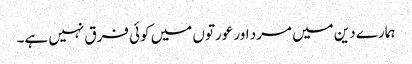
ہمارے دین میں مرد اور عورتوں میں کوئی فرق نہیں ہے۔